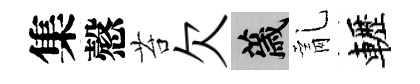
集慤苔欠薉亂轣